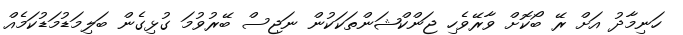
ހަނިމާދު އަށް ރޭ ބޯކޮށް ވާރޭވެހި ޖަންކްޝަންތަކަކުން ނަޖިސް ބޭރުވުމަ ގުޅިގެން ބަލިމަޑުމަޑުކަމެއް